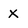
Character: x